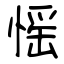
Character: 愮